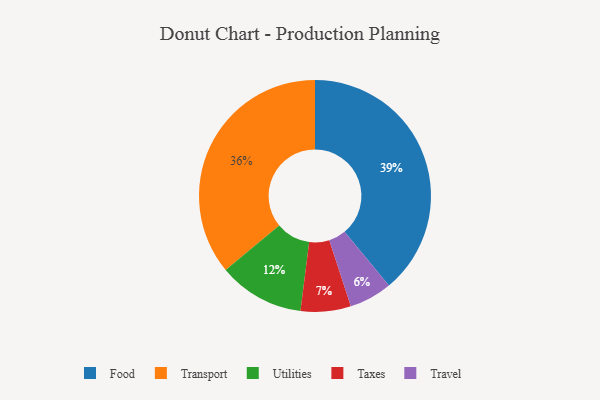
{"axis": {"x": "Category", "y": "Percentage"}, "legend": ["Food", "Taxes", "Transport", "Travel", "Utilities"], "data": [{"x": "Travel", "y": 6, "type": "Travel"}, {"x": "Food", "y": 39, "type": "Food"}, {"x": "Transport", "y": 36, "type": "Transport"}, {"x": "Taxes", "y": 7, "type": "Taxes"}, {"x": "Utilities", "y": 12, "type": "Utilities"}]}